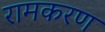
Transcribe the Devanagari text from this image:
रामकरण